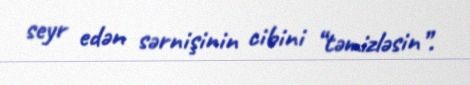
seyr edən sərnişinin cibini “təmizləsin”.